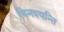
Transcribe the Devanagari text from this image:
विनश्यन्ति